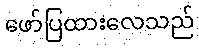
ဖော်ပြထားလေသည်